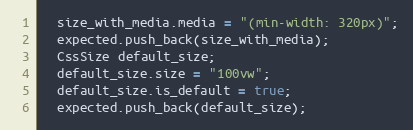
Language: C++
  size_with_media.media = "(min-width: 320px)";
  expected.push_back(size_with_media);
  CssSize default_size;
  default_size.size = "100vw";
  default_size.is_default = true;
  expected.push_back(default_size);